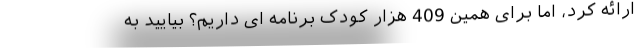
ارائه کرد، اما برای همین 409 هزار کودک برنامه ای داریم؟ بیایید به